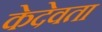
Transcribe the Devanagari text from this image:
केदेवता